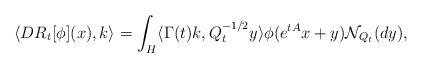
LaTeX: \begin{align*}\langle D R_t [\phi ](x), k \rangle=\int_H \langle \Gamma(t) k,Q^{-1/2}_t y \rangle \phi (e^{tA}x + y) \mathcal{N}_{Q_{t}}(dy),\end{align*}